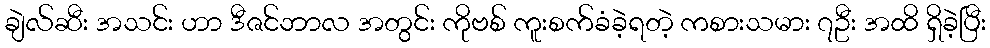
ချဲလ်ဆီး အသင်း ဟာ ဒီဇင်ဘာလ အတွင်း ကိုဗစ် ကူးစက်ခံခဲ့ရတဲ့ ကစားသမား ၇ဦး အထိ ရှိခဲ့ပြီး